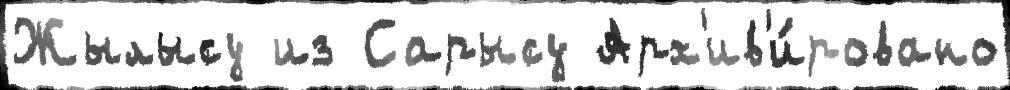
Жылысу из Сарысу Арх'ив'и́ровано